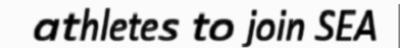
athletes to join SEA